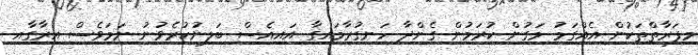
މިފަރާތްތަކުން އެއްގަމު މަގުން ކުރަމުން ގެންދާ ހަނގުރާމައިގާ އައިއެސް ބަލިނުކުރެވުނު ނަމަވެސް އިރާގާއި